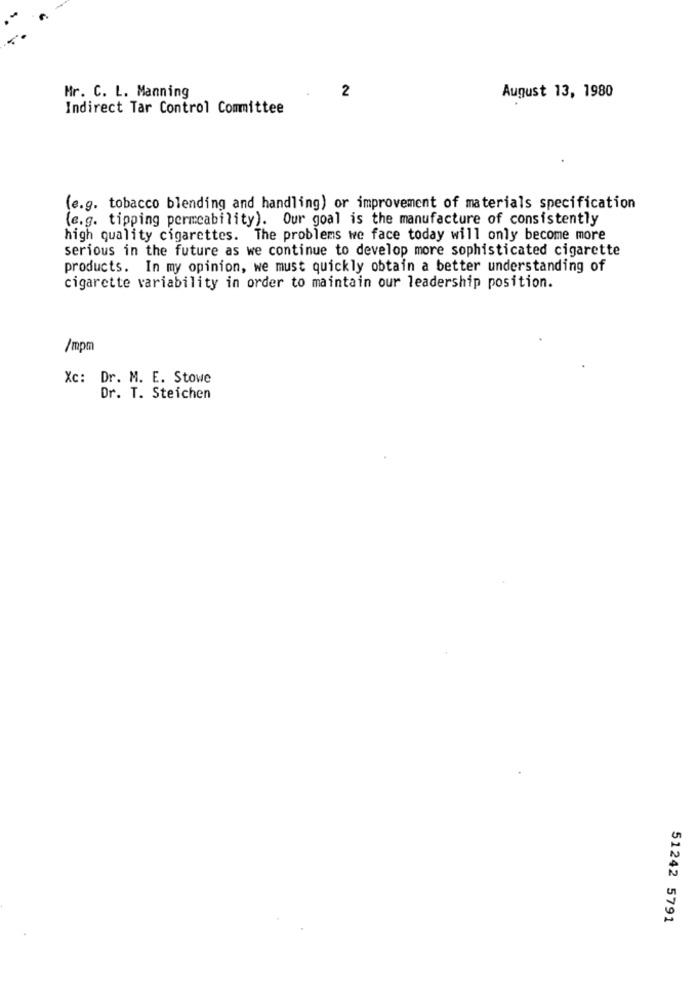
2
Mr. C. L. Manning
August 13, 1980
Indirect Tar Control Committee
(e.g. tobacco blending and handling) or improvement of materials specification
(e.g. tipping permeability). Our goal is the manufacture of consistently
high quality cigarettes. The problems we face today will only become more
serious in the future as we continue to develop more sophisticated cigarette
products. In my opinion, we must quickly obtain a better understanding of
cigarette variability in order to maintain our leadership position.
/mpm
Xc: Dr. M. E. Stowe
Dr. T. Steichen
51242 5791